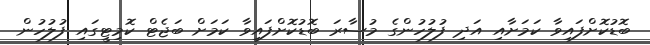
ބޮޑުކޮށްފައިވާ ކަމަށާއި އަދި ފުލުހުންގެ މުސާރަ ބޮޑުކޮށްފައިވާ ކަމަށް ބަޖެޓް ކޮމިޓީގައި ފުލުހުން